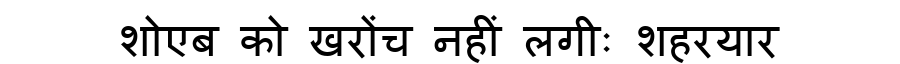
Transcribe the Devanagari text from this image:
शोएब को खरोंच नहीं लगीः शहरयार